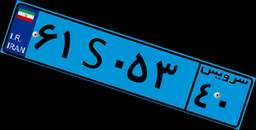
۰۶S۲۷۹۴۵